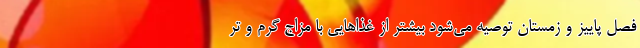
فصل پاییز و زمستان توصیه می‌شود بیشتر از غذاهایی با مزاج گرم و تر